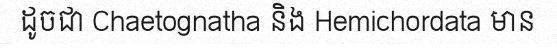
ដូចជា Chaetognatha និង Hemichordata មាន